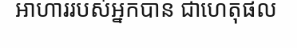
អាហាររបស់អ្នកបាន ជាហេតុផល